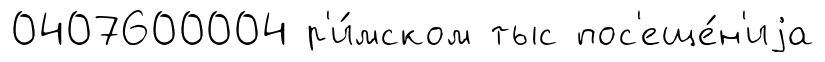
0407600004 р'и́мском тыс пос'еще́н'иjа